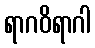
ရာဂဝိရာဂါ